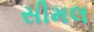
સીમલ